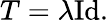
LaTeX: T=\lambda{\mathrm{Id}}.